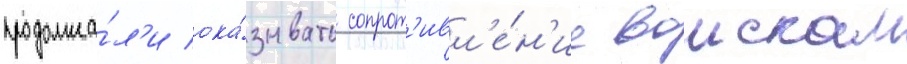
продолжа́л'и ока́зывать сопрот'ивл'е́н'ие воискам